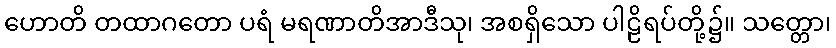
ဟောတိ တထာဂတော ပရံ မရဏာတိအာဒီသု၊ အစရှိသော ပါဠိရပ်တို့၌။ သတ္တော၊